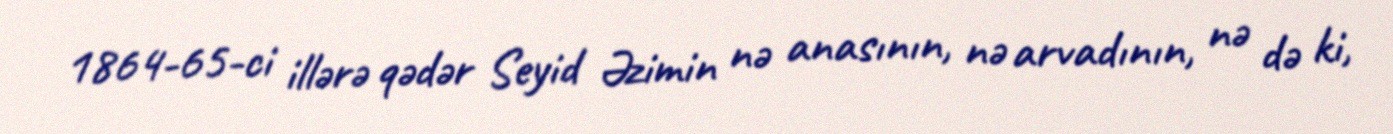
1864-65-ci illərə qədər Seyid Əzimin nə anasının, nə arvadının, nə də ki,